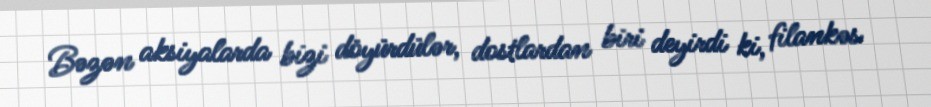
Bəzən aksiyalarda bizi döyürdülər, dostlardan biri deyirdi ki, filankəs